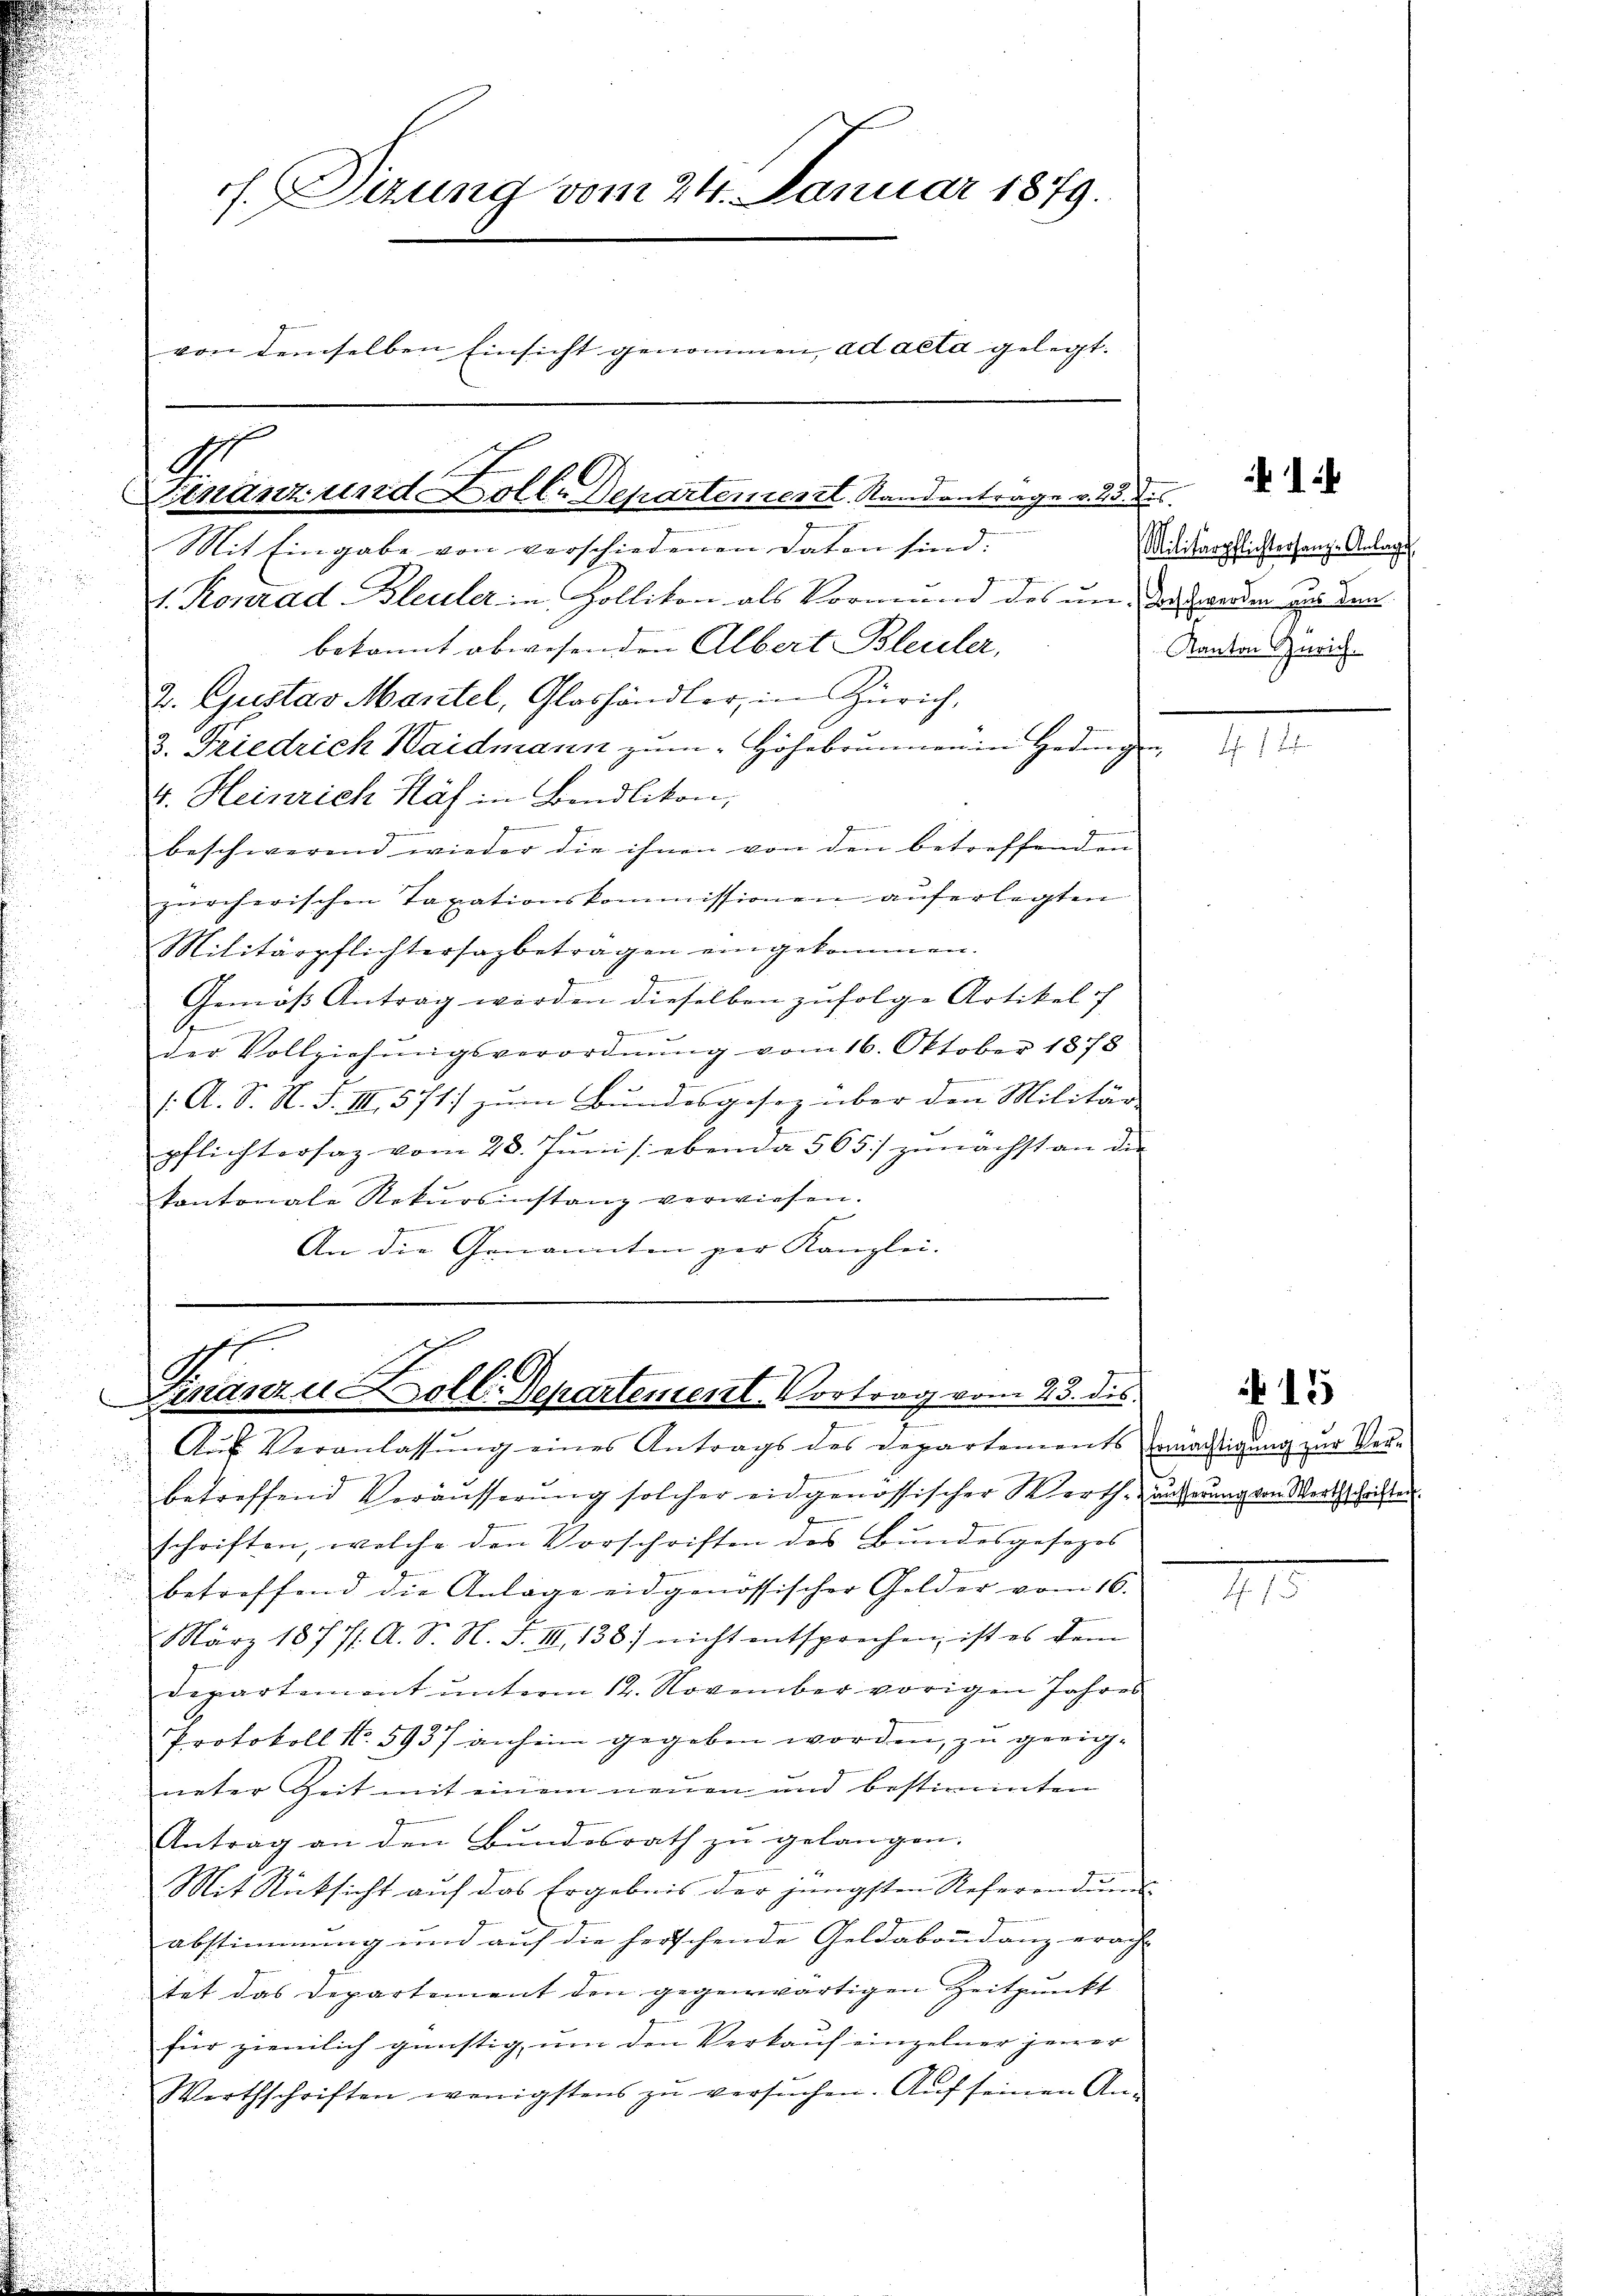
. Sizung vom 24. Januar 1879.
von demselben Einsicht genommen, ad acta gelegt.

G.
Finanz und Kolle Departement. Standantrage v. 28. d.

Mit Eingabe von verschiedenen Daten sind.
1. Konrad Bleuler in Zollikon als Vormund des um den werden zu den
bekannt abwesenden Albert Bleuler,
J. Gustav Maritel, Glashändler, in Zürich,
3. Friedrich Haidmann zum Höhebrunnen in Hedig
4. Heinrich Näf in Bendlikon,
.
e
beschwerend wieder die ihnen von den betreffenden
zürcherischen Taxationskommissionen auferlegten
Militärpflichtersagbeträgen eingekommen.
e
Gemäß Antrag werden dieselben zufolge Artikel ih

der Vollziehŭngsverordnŭng vom 16. Oktober 1878
/. A. S. N. F. III 571) zum Bundesgesez über den Militär-

pflichtersaz vom 28. Juni /: ebenda 565) zunächst an die
kantonale Rekŭrsinstanz verwiesen.
g
An die Genannten per Kanzlei.

sich
E
99
Finanze Zoll Departement. Vortrag vom 23. des

Aŭs Veranlassŭng eines Antrags des Departements Ermächtigung zur Vor-
betreffend Veräusserung solcher eidgenössischer Werthäuserung von Werthschriften
schriften, welche den Vorschriften des Bundesgesezes
betreffend die Anlage eidgenössischer Gelder vom 16.
März 18771. A. S. N. F. III 138) nicht entsprechen, ist es dem
Departement unterm 12. November vorigen Jahres
Protokoll No. 5937 anheim gegeben worden, zu gerichneter Zeit mit einem neuen und bestimmten
Antrag an den Bundesrath zu gelangen.
Mit Rücksicht auf das Ergebnis der jüngsten Referandums
abstimmung und auf die herschende Geldabondanz erach-
tät das Departement den gegenwärtigen Zeitpunkt
für ziemlich günstig um den Verkauf einzelner jener
Werthschriften wenigstens zŭ versŭchen. Aŭf seinen An-

Militärpflichtersang- Anlage
Kanton Zürich.

i

15

15